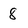
Character: 8